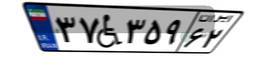
۳۶W۱۱۸۶۲